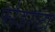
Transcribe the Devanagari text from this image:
फोडराटा